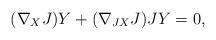
LaTeX: \begin{align*} (\nabla_X J)Y+(\nabla_{JX} J)JY=0,\end{align*}